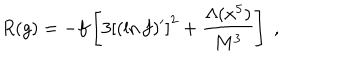
R ( g ) = - f \left[ 3 \left[ ( \ln f ) ^ { \prime } \right] ^ { 2 } + \frac { \Lambda ( x ^ { 5 } ) } { M ^ { 3 } } \right] \; ,